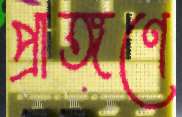
প্রাঙ্গণে